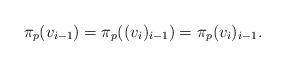
LaTeX: \begin{align*}\pi_{p}(v_{i-1})=\pi_{p}((v_{i})_{i-1})=\pi_{p}(v_{i})_{i-1}.\end{align*}